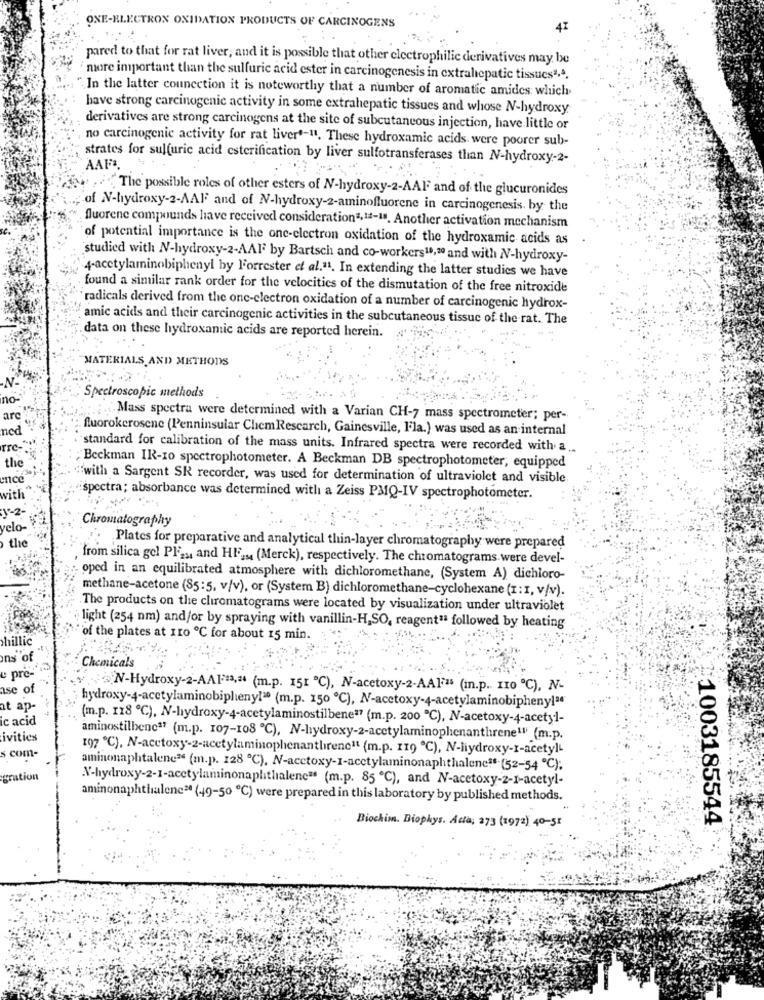
ONE-ELECTRON OXIDATION PRODUCTS OF CARCINOGENS
pared to that for rat liver; and it is possible that other electrophilic derivatives may be
more important than the sulfuric acid ester in carcinogenesis in extrahepatic tissues1,4.
In the latter connection it is noteworthy that a number of aromatic amides which
have strong carcinogenic activity in some extrahepatic tissues and whose N-hydroxy
derivatives are strong carcinogens at the site of subcutaneous injection, have little or
no carcinogenic activity for rat liver'-11. These hydroxamic acids. were poorer sub-
strates for sulfuric acid esterification by liver sulfotransferases than N-hydroxy-2-
AAF.
The possible roles of other esters of N-hydroxy-2-AAFF and of the glucuronides
of N-hydroxy-2-AAF and of N-hydroxy-2-aminofluorene in carcinogenesis. by the
fluorene compounds have received consideration2, 11-11. Another activation mechanism
of potential importance is the one-electron oxidation of the hydroxamic acids as
studied with N-hydroxy-2-AAF by Bartsch and co-workers10,20 and with NV-hydroxy-
4-acetylaminobiphenyl by Forrester et al.11. In extending the latter studies we have
found a similar rank order for the velocities of the dismutation of the free nitroxide
"radicals derived from the one-electron oxidation of a number of carcinogenic hydrox-
amic acids and their carcinogenic activities in the subcutaneous tissuc of the rat. The
data on these hydroxantic acids are reported herein.
MATERIALS AND METHODS
Spectroscopic methods
. Mass spectra were determined with a Varian CH-7 mass spectrometer; per-
fluorokerosene (Penninsular ChemRescarch, Gainesville, Fla.) was used as an internal
Tre-
standard for calibration of the mass units. Infrared spectra were recorded with a ..
the
Beckman IR-10 spectrophotometer. A Beckman DB spectrophotometer, equipped
ence
"with a Sargent SR recorder, was used for determination of ultraviolet and visible
with
spectra; absorbance was determined with a Zeiss PMQ-IV spectrophotometer.
y-2-
Chromatography
elo-
the
. Plates for preparative and analytical thin-layer chromatography were prepared
from silica gel Plas, and HF2. (Merck), respectively. The chromatograms.were devel-
oped in an equilibrated atmosphere with dichloromethane, (System A) dichioro-
methane-acetone (85:5, v/v), or (System B) dichloromethane-cyclohexane (1: I, v/v).
The products on the chromatograms were located by visualization under ultraviolet
light (254 nm) and/or by spraying with vanillin-H,SO, reagent1ª followed by heating
chillic
of the plates at 110 ℃ for about 15 min.
ons of
e pre-
Chemicals
ase of
N-Hydroxy-2-AA1:33,2 (m.p. 151 ℃), N-acetoxy-2-AA1725 (m.p. 110 ℃), N-
at ap
hydroxy-4-acetylaminobipheny!20 (m.p. 150 ℃), N-acetoxy-4-acetylaminobipheny!"
ic acid
(m.p. 118 ℃), N-hydroxy-4-acetylaminostilbeneª7 (m.p. 200 ℃), NV-acetoxy-4-acetyl-
ivities
aminostilbene*7 (m.p. 107-108 ℃), N-hydroxy-2-acetylaminophenanthrene1" (m.p.
197 ℃), N-acctoxy-2-acetylaminophenanthirene1t (m.p. 119 ℃), N-liydroxy-r-acetylL
s com-
aminonaphtalene" (m.p. 128 ℃), N-acctoxy-1-acetylaminonaphthalene35 (52-54 ℃);
gration
N-hydroxy-2-1-acetylaminonaphthalenc" (m.p. 85 ℃), and N-acetoxy-2-1-acetyl-
aminonaphthalene20 (49-50 ℃) were prepared in this laboratory by published methods.
1003185544
Biochim. Biophys. Acta; 273 (1972) 40-51